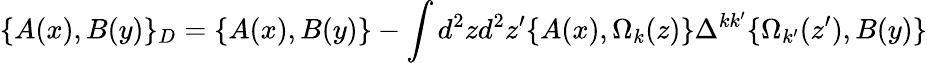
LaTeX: \{ A(x),B(y)\} _{D}=\{ A(x),B(y)\} -\int d^{2}zd^{2}z^{\prime}\{ A(x),\Omega_{k}(z)\} \Delta^{kk^{\prime}}\{ \Omega_{k^{\prime}}(z^{\prime}),B(y)\}